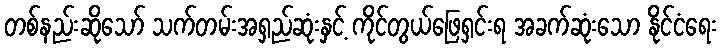
တစ်နည်းဆိုသော် သက်တမ်းအရှည်ဆုံးနှင့် ကိုင်တွယ်ဖြေရှင်းရ အခက်ဆုံးသော နိုင်ငံရေး